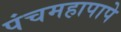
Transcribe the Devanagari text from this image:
पंचमहापापे